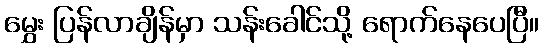
မွှေး ပြန်လာချိန်မှာ သန်းခေါင်သို့ ရောက်နေပေပြီ။